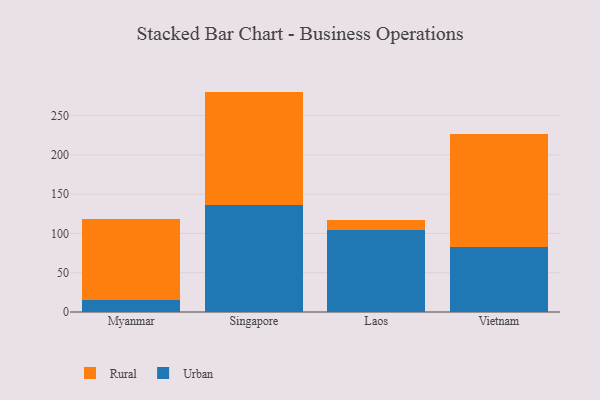
{"axis": {"x": "Country", "y": "Market Share (%)"}, "legend": ["Rural", "Urban"], "data": [{"x": "Myanmar", "y": 14.8, "type": "Urban"}, {"x": "Myanmar", "y": 103.4, "type": "Rural"}, {"x": "Singapore", "y": 136.1, "type": "Urban"}, {"x": "Singapore", "y": 144.4, "type": "Rural"}, {"x": "Laos", "y": 104.1, "type": "Urban"}, {"x": "Laos", "y": 13.0, "type": "Rural"}, {"x": "Vietnam", "y": 82.6, "type": "Urban"}, {"x": "Vietnam", "y": 143.5, "type": "Rural"}]}